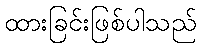
ထားခြင်းဖြစ်ပါသည်